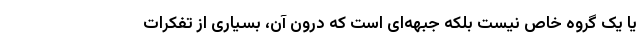
یا یک گروه خاص نیست بلکه جبهه‌ای است که درون آن، بسیاری از تفکرات